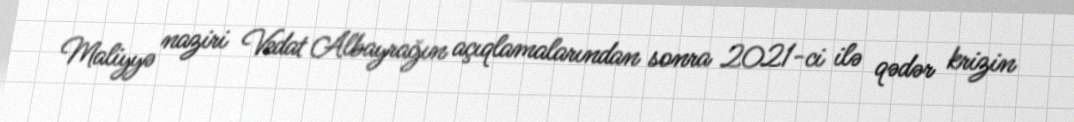
Maliyyə naziri Vedat Albayrağın açıqlamalarından sonra 2021-ci ilə qədər krizin